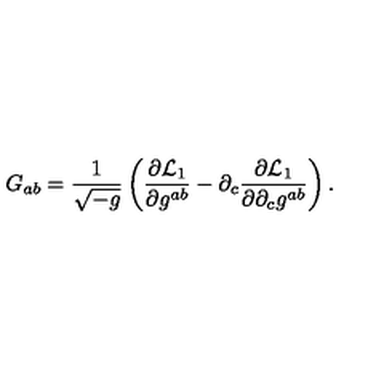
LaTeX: G _ { a b } = \frac { 1 } { \sqrt { - g } } \left( \frac { \partial { \cal L } _ { 1 } } { \partial g ^ { a b } } - \partial _ { c } \frac { \partial { \cal L } _ { 1 } } { \partial \partial _ { c } g ^ { a b } } \right) .